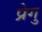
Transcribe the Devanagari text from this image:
प्रेगु